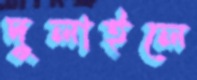
দুলাইলে